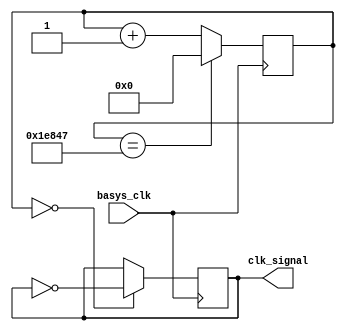
module clk400Hz(
    input basys_clk,
    output clk_signal
    );
    reg [31:0] count = 32'd0;
    reg clk_signal = 0;
    always @(posedge basys_clk) begin
        count <= (count == 124999) ? 0 : count + 1;
        clk_signal <= (count == 0) ? ~clk_signal : clk_signal;
   
    end 
endmodule